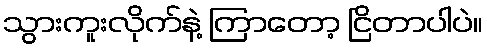
သွားကူးလိုက်နဲ့ ကြာတော့ ငြိတာပါပဲ။